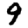
Digit: 9